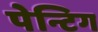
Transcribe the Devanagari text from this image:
पेन्टिग